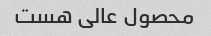
محصول عالی هست